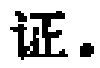
证。